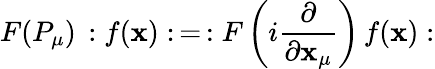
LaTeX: F(P_{\mu})\, :f(\mathbf{x}):\, =\, :F\left(i\frac{{\partial}}{{\partial\mathbf{x}_{\mu}}}\right)\, f(\mathbf{x}):